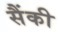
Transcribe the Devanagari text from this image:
सैंकी